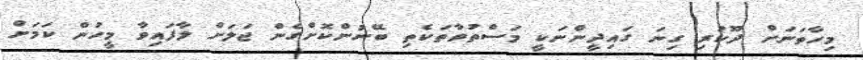
މިހާތަނަށް ދޫކުރި ގިނަ ގައިދީންނަކީ މަސްތުވާތަކެތި ބޭނުންކޮށްގެން ޖަލަށް ލާފައިވާ މީހުން ކަމަށް